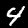
Label: 4